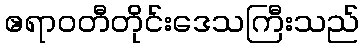
ဧရာဝတီတိုင်းဒေသကြီးသည်